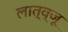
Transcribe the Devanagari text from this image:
लात्व्जू